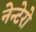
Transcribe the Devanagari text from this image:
नेन्टेरो